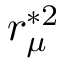
r _ { \mu } ^ { \ast 2 }